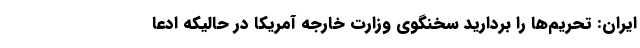
ایران: تحریم‌ها را بردارید سخنگوی وزارت خارجه آمریکا در حالیکه ادعا